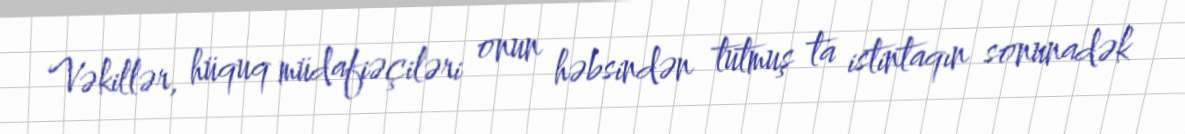
Vəkillər, hüquq müdafiəçiləri onun həbsindən tutmuş ta istintaqın sonunadək